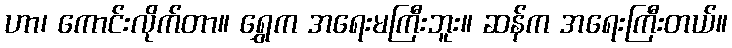
ဟာ၊ ကောင်းလိုက်တာ။ ရွှေက အရေးမကြီးဘူး။ ဆန်က အရေးကြီးတယ်။